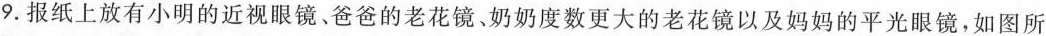
9.报纸上放有小明的近视眼镜、爸爸的老花镜、奶奶度数更大的老花镜以及妈妈的平光眼镜，如图所